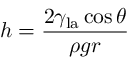
h = { \frac { 2 \gamma _ { \mathrm { l a } } \cos \theta } { \rho g r } }